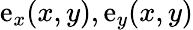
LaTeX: \mathrm{e}_{x}(x,y),\mathrm{e}_{y}(x,y)